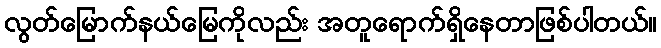
လွတ်မြောက်နယ်မြေကိုလည်း အတူရောက်ရှိနေတာဖြစ်ပါတယ်။